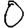
Digit: 0